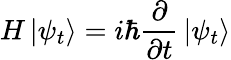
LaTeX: H\left|\psi_{t}\right\rangle=i\hbar{\frac{\partial}{\partial t}}\left|\psi_{t}\right\rangle